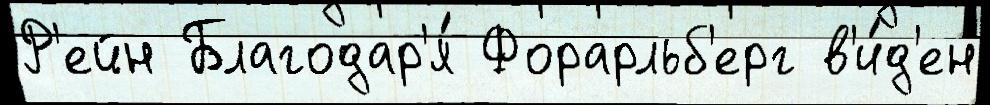
Р'ейн Благодар'я́ Форарльб'ерг в'и́д'ен